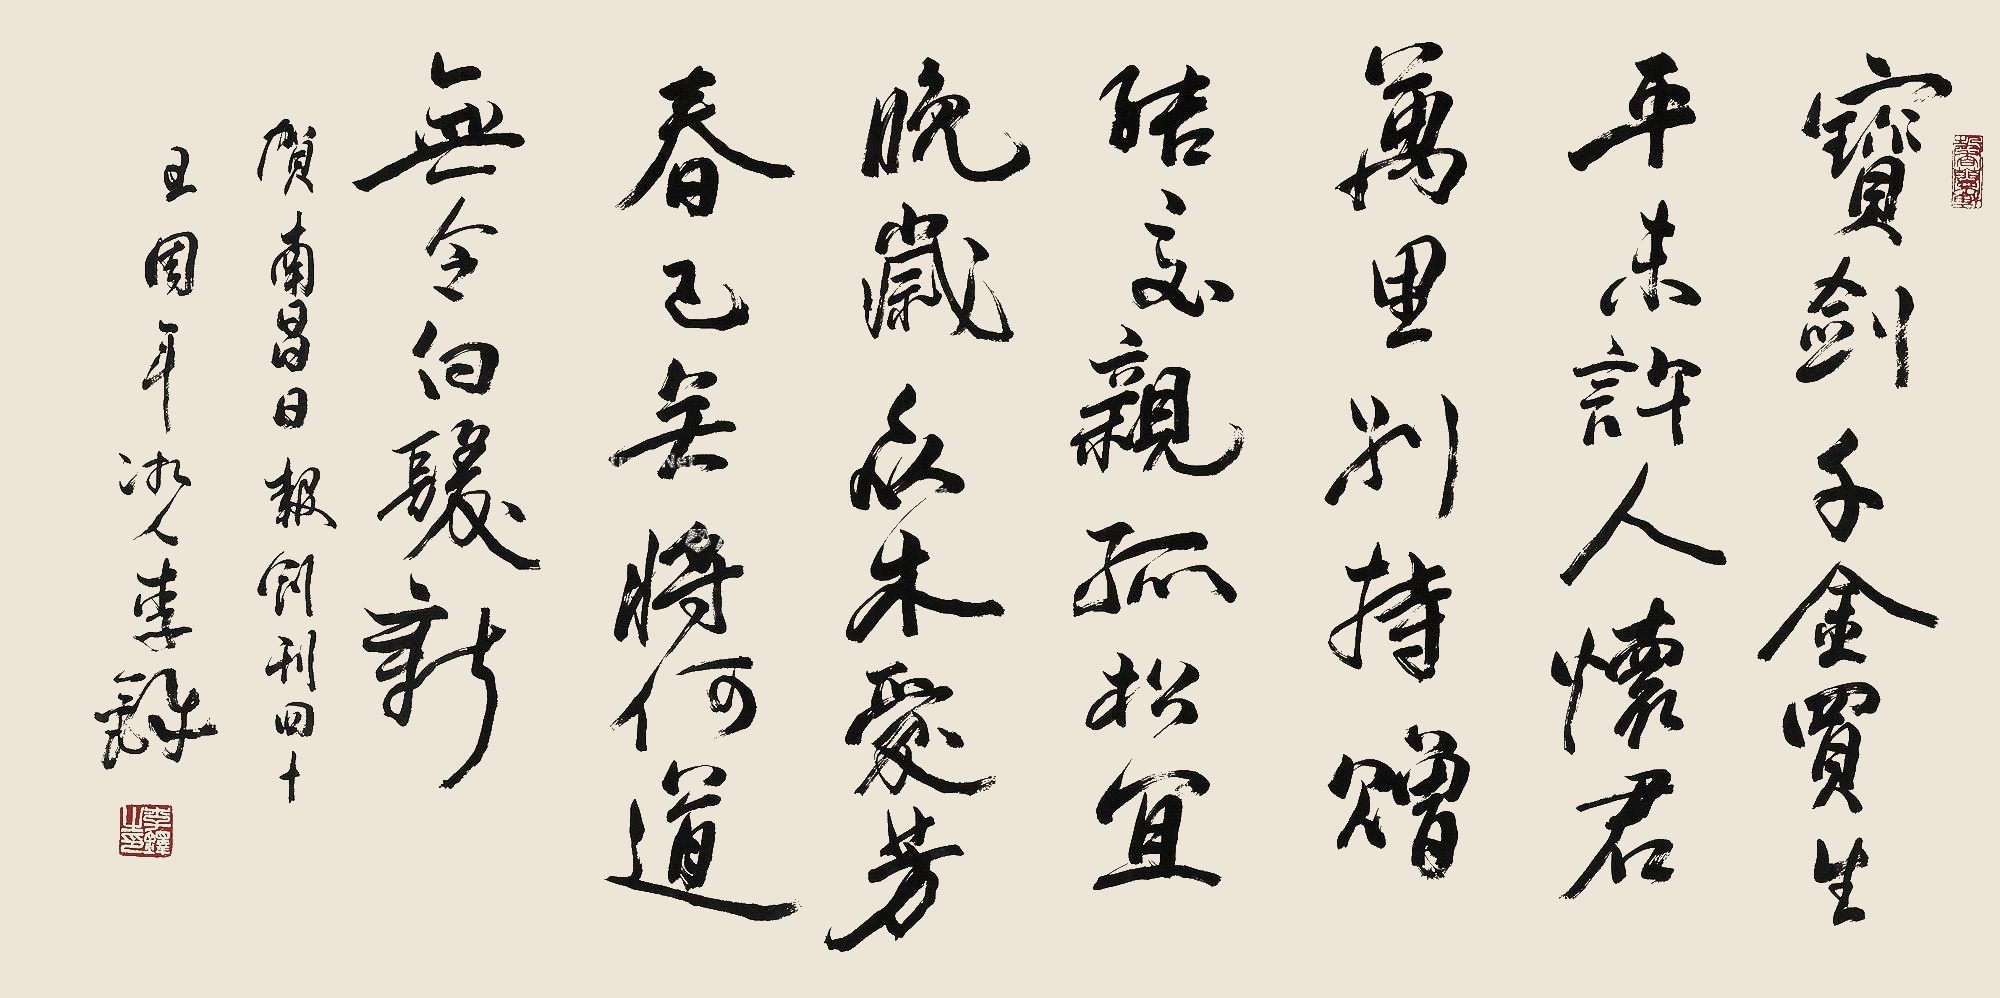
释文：宝剑千金买，平生未许人。怀君万里别，持赠结交亲。孤松宜晚岁，众木爱芳春。已矣将何道，无令白首新。贺《南昌日报》创刊四十五周年。湘人李铎。